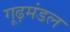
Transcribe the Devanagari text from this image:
गूढ़मंडल